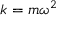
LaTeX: k = m \omega ^ { 2 }